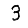
Digit: 3